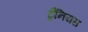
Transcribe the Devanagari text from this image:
ट्रैनियस